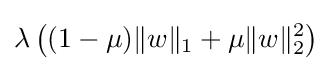
\lambda \left((1-\mu )\|w\|_{1}+\mu \|w\|_{2}^{2}\right)